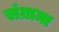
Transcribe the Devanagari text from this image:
संग्रामा